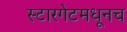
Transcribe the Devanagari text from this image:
स्टारगेटमधूनच